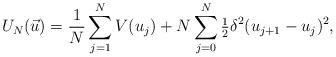
LaTeX: \begin{align*} U_N(\vec u) = \frac{1}{N}\sum_{j=1}^{N} V(u_j) + N\sum_{j=0}^{N}\tfrac12 \delta^2(u_{j+1}-u_j)^2,\end{align*}